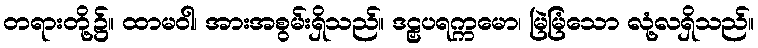
တရားတို့၌။ ထာမဝါ၊ အားအစွမ်းရှိသည်။ ဒဠှပရက္ကမော၊ မြဲမြံသော လုံ့လရှိသည်။